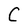
Character: C